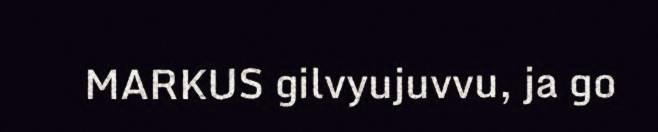
MARKUS gilvyujuvvu, ja go